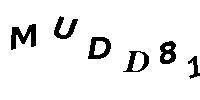
MUDD81